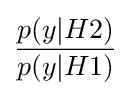
{\frac {p(y|H2)}{p(y|H1)}}